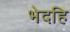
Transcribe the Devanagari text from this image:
भेदहि